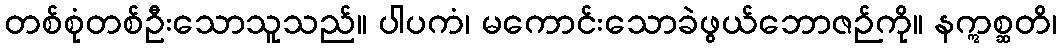
တစ်စုံတစ်ဦးသောသူသည်။ ပါပကံ၊ မကောင်းသောခဲဖွယ်ဘောဇဉ်ကို။ နဣစ္ဆတိ၊